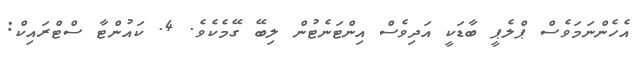
އެހެންނަމަވެސް ޕްލެޕީ ބާޑަކީ އަދިވެސް އިންޓަނެޓުން ލިބޭ ގޭމެކެވެ. 4. ކައުންޓާ ސްޓްރައިކް: